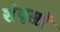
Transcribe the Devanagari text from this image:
संदसों